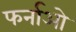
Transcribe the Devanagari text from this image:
फर्नाओ